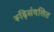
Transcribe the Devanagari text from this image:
रूढ़िसंवलित